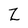
Character: Z